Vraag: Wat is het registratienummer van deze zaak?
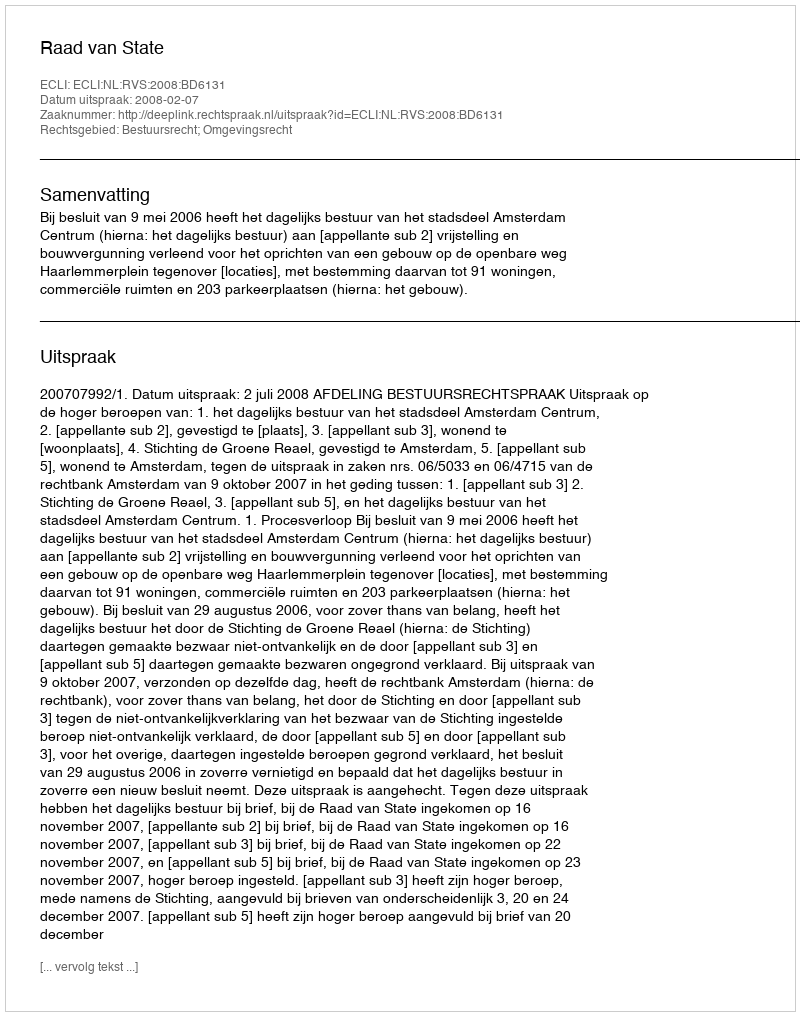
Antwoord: http://deeplink.rechtspraak.nl/uitspraak?id=ECLI:NL:RVS:2008:BD6131